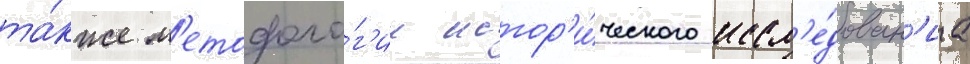
та́кже м'етодоло́г'ии истор'и́ческого иссл'е́дован'иа